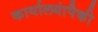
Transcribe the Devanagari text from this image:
कार्यालयांपैकी